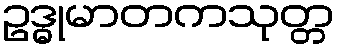
ဥဒ္ဓုမာတကသုတ္တ